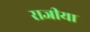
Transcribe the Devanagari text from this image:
राजीया